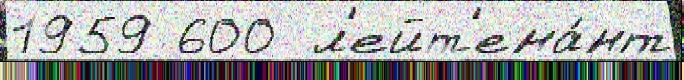
1959 600  л'ейт'ена́нт